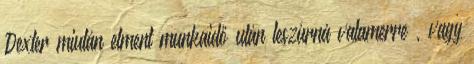
Dexter miután elment munkaidő után leszúrná valamerre , vagy